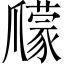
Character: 𤔽